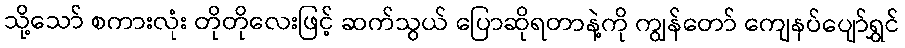
သို့သော် စကားလုံး တိုတိုလေးဖြင့် ဆက်သွယ် ပြောဆိုရတာနဲ့ကို ကျွန်တော် ကျေနပ်ပျော်ရွှင်